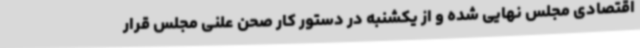
اقتصادی مجلس نهایی شده و از یکشنبه در دستور کار صحن علنی مجلس قرار